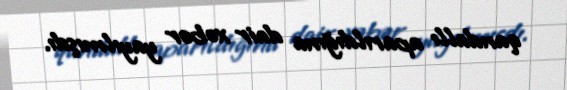
qandallı aparıldığına dair xəbər yayılmışdı.